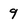
Character: 9